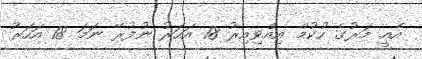
އެއީ މަރުގެ ހުކުމް އިއްވިއިރު 18 އަހަރު ނުފުރޭ ނަމަ 18 އަހަރު